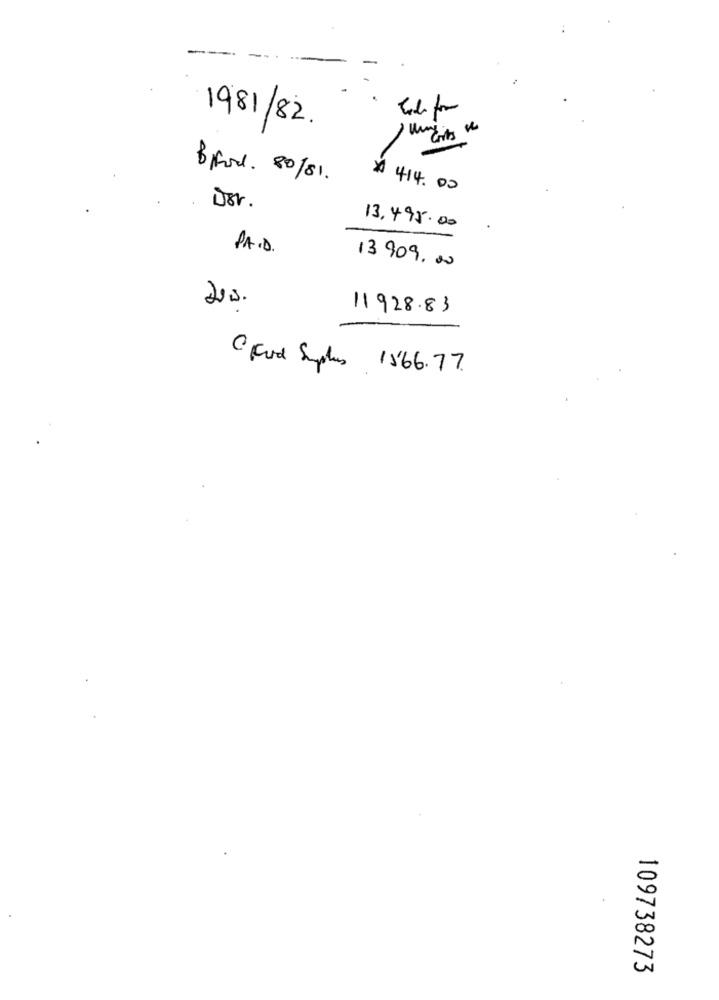
1981/82.
×
Brod. 80/81.
414.00
Der.
13,495.00
P.A.D.
13 909, 00
11928.83
C Fod Suplies 1'66.77.
109738273